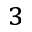
_ 3